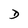
Character: D